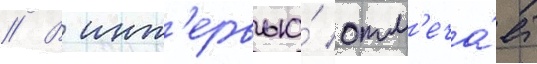
// В инт'ервью́ отм'еча́ет